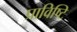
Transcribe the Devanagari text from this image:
प्राविष्टि